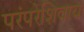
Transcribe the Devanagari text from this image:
परंपरेशिवाय